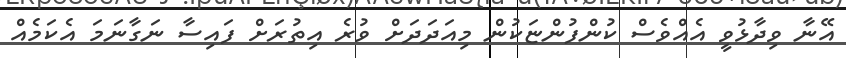
އޭނާ ވިދާޅުވީ އެއްވެސް ކުންފުންޏަކުން މިއަދަދަށް ވުރެ އިތުރަށް ފައިސާ ނަގާނަމަ އެކަމެއް